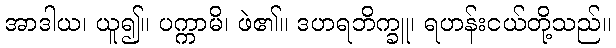
အာဒါယ၊ ယူ၍။ ပက္ကာမိ၊ ဖဲ၏။ ဒဟရဘိက္ခူ၊ ရဟန်းငယ်တို့သည်။